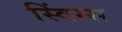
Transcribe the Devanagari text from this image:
स्विंग्स